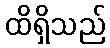
ထိရှိသည်